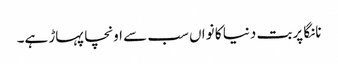
نانگا پربت دنیا کا نواں سب سے اونچا پہاڑ ہے۔